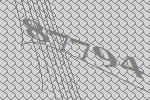
87794